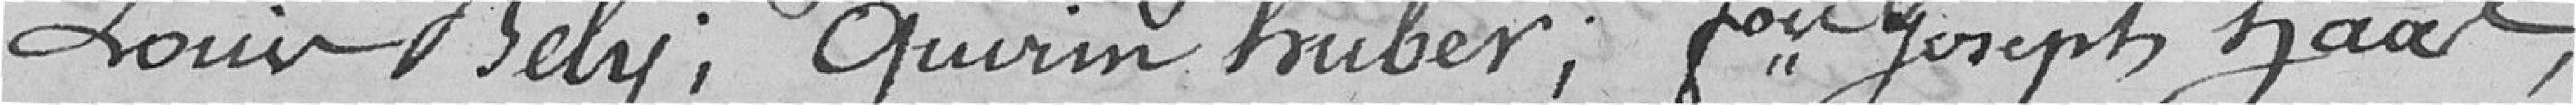
Louis Bélu; Quirin Huber; François Joseph Haas